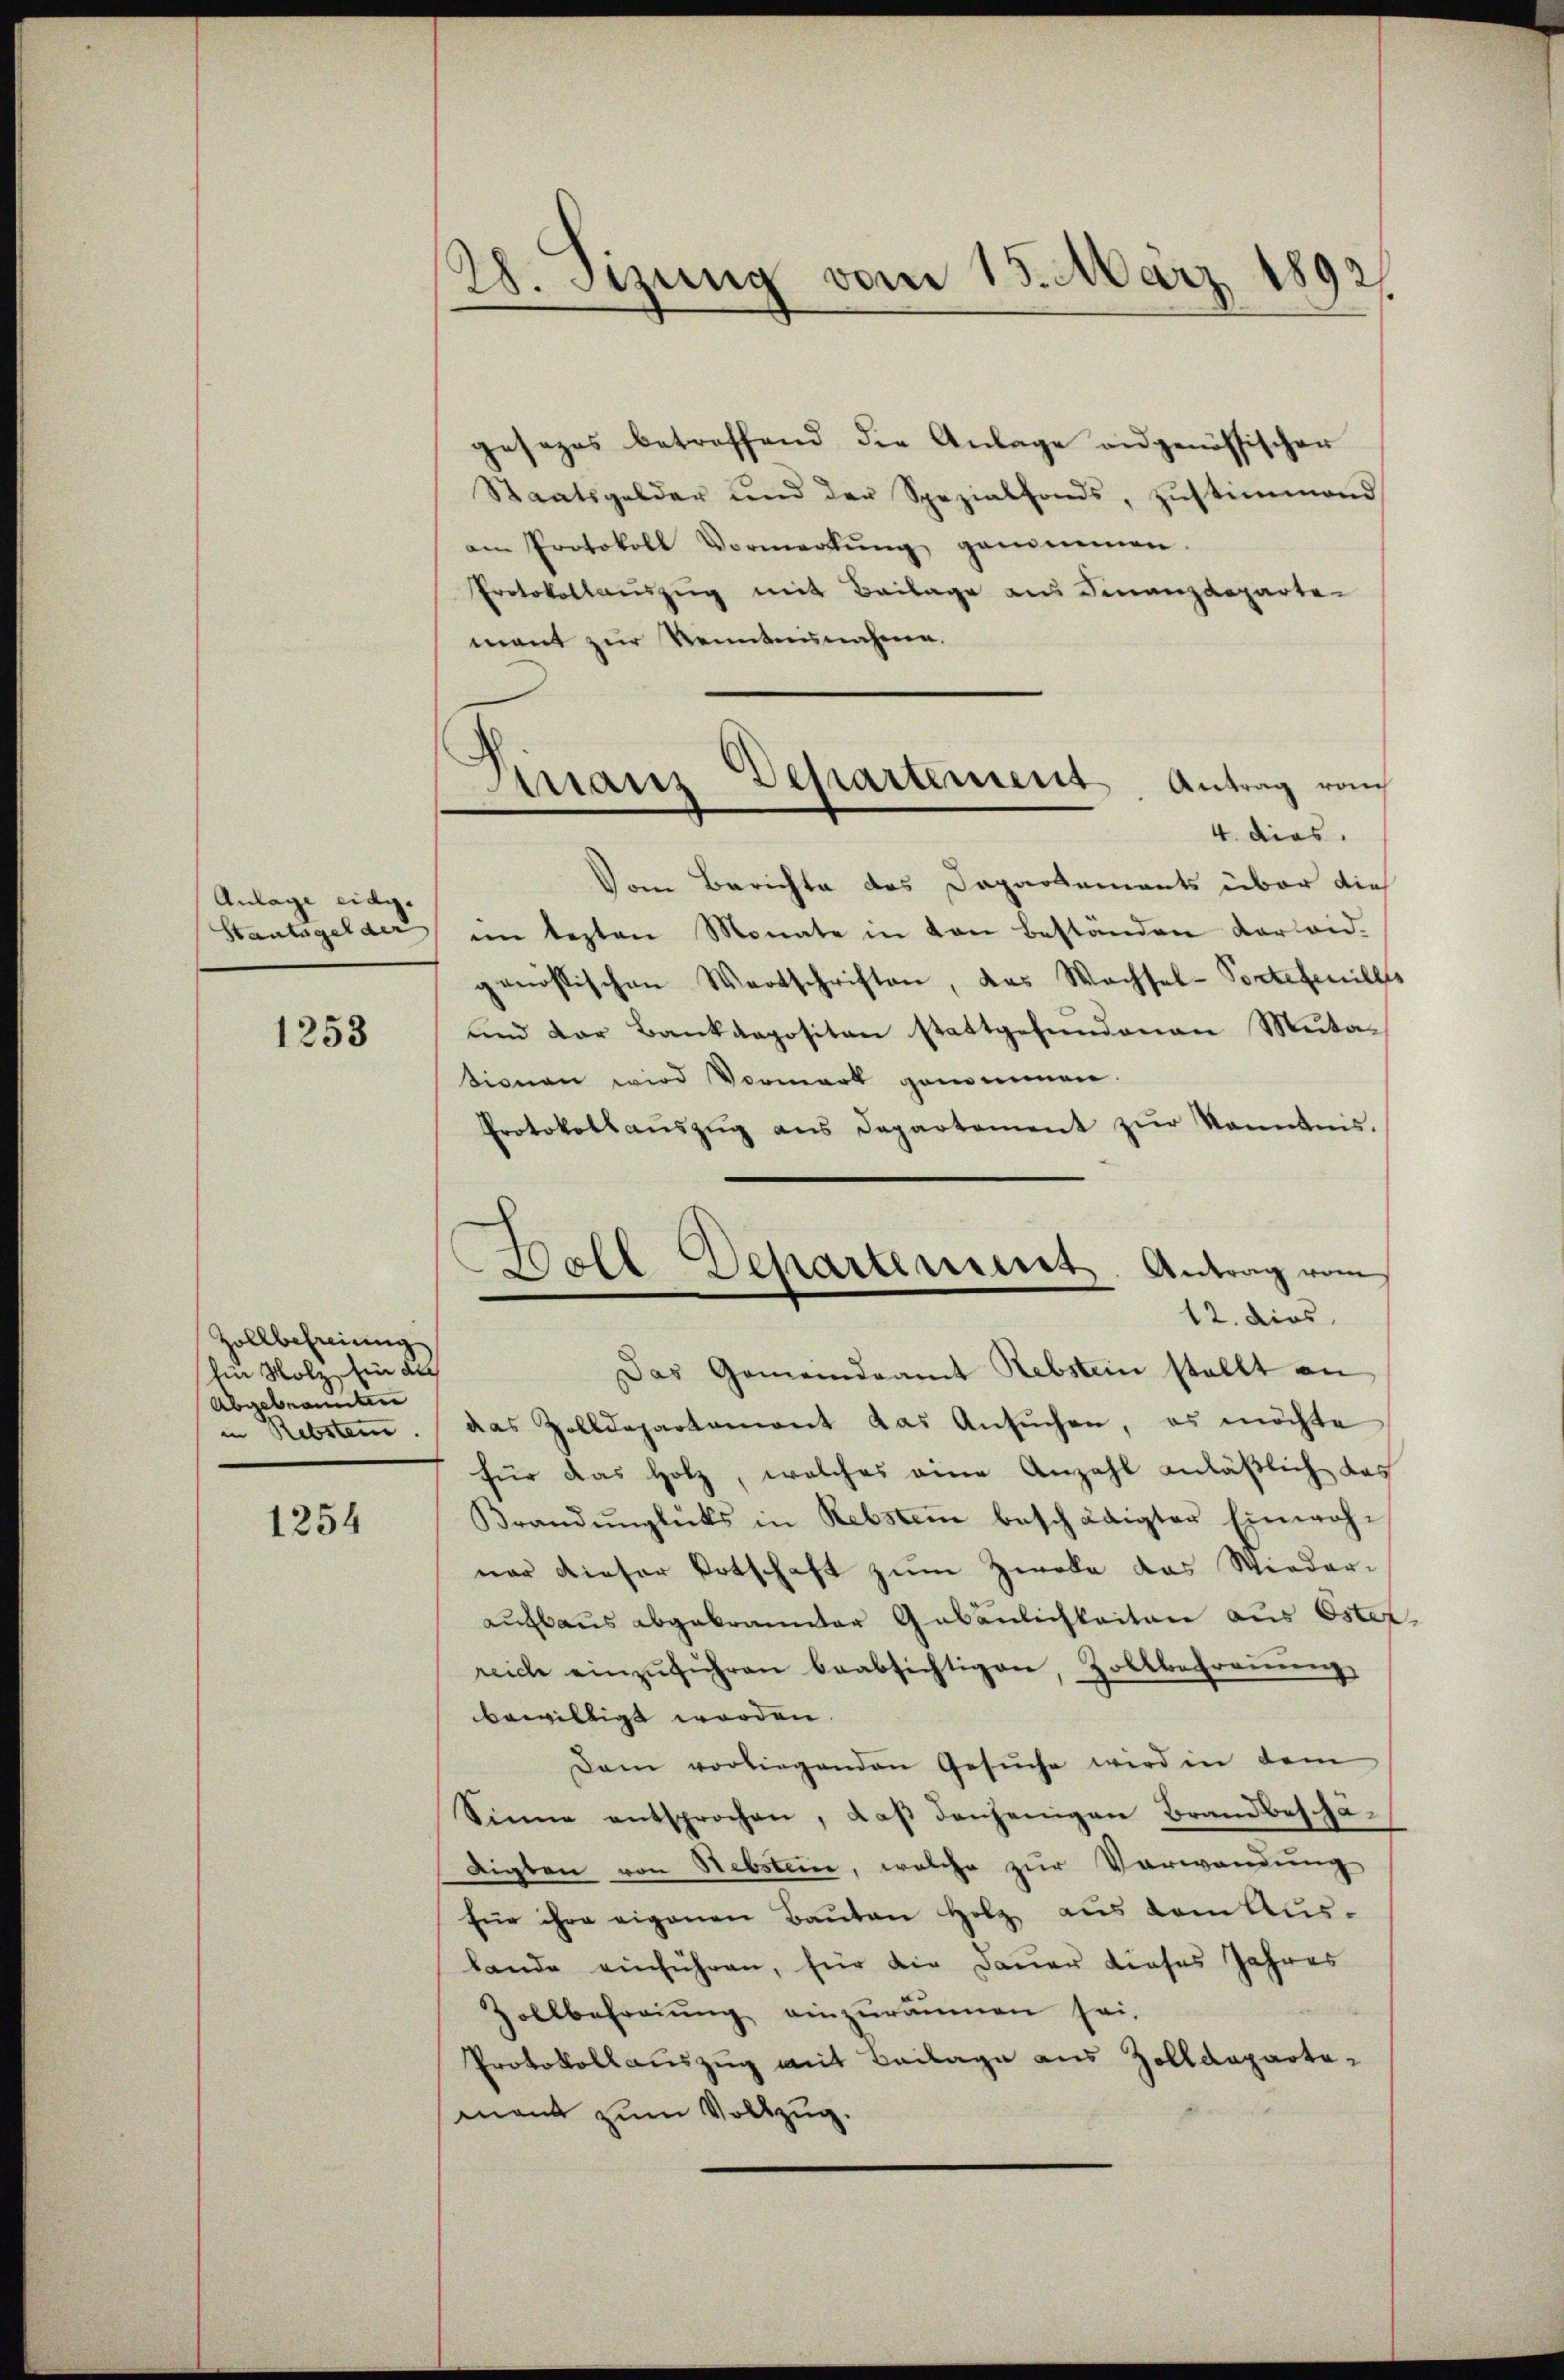
Anlage eidg
Staatsgelder

1253

Zollbefreiung
hein Holz, ein al
Abgebrannten
in Rebster

1254

28. Sitzung vom 15. März 1892

Finanz Departement, Antrag rau

gesezes betreffend die Anlage angenössischer
Staatsgelder und der Spezialfonds, zŭstimmend
am Protokoll Vormerkŭng genommen.
Protokollauszug mit Beilage aus Finanzdeparte
mant zur Kenntnunahmen.
4. dies
Vom Berichte des Dapartements über die
im lezten Monate in von beständen verleid.
genössischen Wortschriften, das Wachsel-Portetenill
und der Bankropositen stattgefundenen Mutasionen wird Vormark genommen.
Protokollaŭszŭg ans Departement zŭr Kenntnis.
Das Gemeindeamt Rebstein stellt an
das Zolldepartament das Ansŭchen, es möchte
für das Holz, welches eine Anzahl anläßlich das
Brandŭnglüks in Rebstem beschädigten Einwoh-
ner dieser Totschaft zum Zweke das Wieder-
aufbaus abgebrannter Gebäulichkeiten aus Ester
reich einzŭführen beabsichtigen, Zollbefrauung
bewilligt worden.
Dam vorliegenden Gesŭche wird in dem
Sinne entsprochen, daß denjenigen Brandbeschädigten von Sebstein, welche zur Verwendung
für ihre eigenen Bauten Holz aus vom Aus-
Lande einführen, für die Dauer dieses Jahres
Zollbefreiung einzuräumen sei.
Protokollauszug mit Beilage aus Zolldepartemant zum Vollzug.

Boll Departement. Antrag vom
12. dies